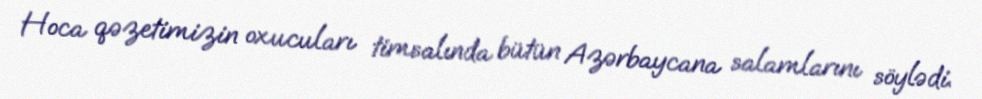
Hoca qəzetimizin oxucuları timsalında bütün Azərbaycana salamlarını söylədi.